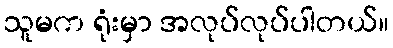
သူမက ရုံးမှာ အလုပ်လုပ်ပါတယ်။